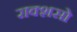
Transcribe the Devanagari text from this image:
राक्शसो